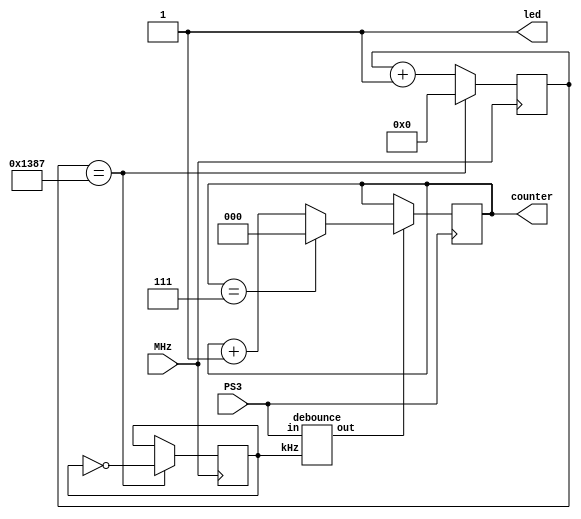
module exp5(counter,led,MHz,PS3); //Tpi
 input MHz,PS3; //JMHz,PS3
 output led; //XledO
 output reg [2:0]counter; //X3-bits@3counter[0]~[2]
 reg kHz; //OdkHzU@ws
 reg [12:0]count; //Odcount[0]~[12]U@ws
 wire nb; //Tpq|1usP
 always@(posedge MHz) //MHztoAUBehavioral Modelz|Q
  begin //Behavioral Model}l
	if (count==4999) //pGcount4999AHUz
	 begin //}l
	  count<=0; //count0
      kHz<=~kHz; //kHz
	 end //
	else //Lp
	 count<=count+1; //count+1
  end //Behavioral Model
  
  debounce d1(nb,kHz,PS3); //uAXnbAJkHz,PS3
 
  always@(posedge PS3) //PS3toAUBehavioral Modelz|Q
   begin //Behavioral Model}l
	 if(nb==1) //pGnb=1AHUz
	  begin //}l
	   if (counter==7) //pGcounter7AHUz
		counter<=0; //counter0
	   else //Lp
		counter<=counter+1; //counter+1
	  end //
   end //Behavioral Model
 assign led=1'b1; //iLEDO1,Gi,1
endmodule //Tp

module debounce(out,kHz,in); //ui
 input kHz,in; //JkHz,in
 output out; //Xout
 reg [10:0]d; //Odd[0]~d[10]U@ws
 always@(posedge kHz) //kHztoAUBehavioral Modelz|Q
  begin //Behavioral Model}l
	d[10]<=d[9]; //d[10]d[9]
	d[9]<=d[8]; //d[9]d[8]
	d[8]<=d[7]; //d[8]d[7]
	d[7]<=d[6]; //d[7]d[6]
	d[6]<=d[5]; //d[6]d[5]
	d[5]<=d[4]; //d[5]d[4]
	d[4]<=d[3]; //d[4]d[3]
	d[3]<=d[2]; //d[3]d[2]
	d[2]<=d[1]; //d[2]d[1]
	d[1]<=d[0]; //d[1]d[0]
	d[0]<=in; //d[0]in
  end //Behavioral Model
 and(out,d[6],d[5],d[4],d[3],d[2],d[1],d[0]); //hANDAJd[0]~d[6]FXout
endmodule //u